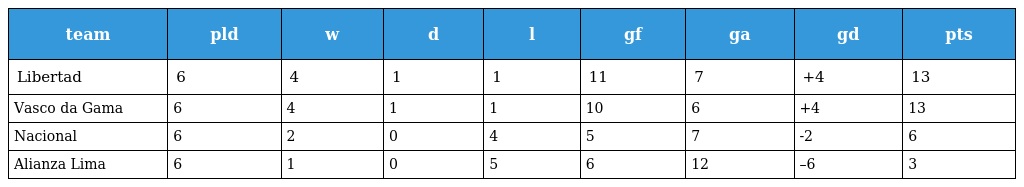
| team | pld | w | d | l | gf | ga | gd | pts |
 | --- | --- | --- | --- | --- | --- | --- | --- | --- |
 | Libertad | 6 | 4 | 1 | 1 | 11 | 7 | +4 | 13 |
 | Vasco da Gama | 6 | 4 | 1 | 1 | 10 | 6 | +4 | 13 |
 | Nacional | 6 | 2 | 0 | 4 | 5 | 7 | -2 | 6 |
 | Alianza Lima | 6 | 1 | 0 | 5 | 6 | 12 | –6 | 3 |